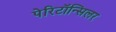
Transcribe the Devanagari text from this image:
पेरिटॉन्सिलर